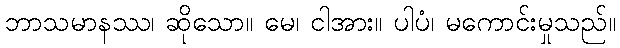
ဘာသမာနဿ၊ ဆိုသော။ မေ၊ ငါအား။ ပါပံ၊ မကောင်းမှုသည်။